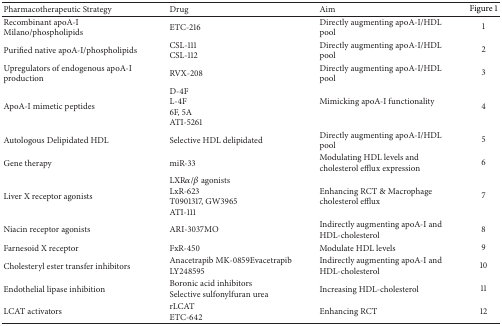
| Pharmacotherapeutic Strategy | Drug | Aim | Figure 1 |
 | --- | --- | --- | --- |
 | Recombinant apoA-I Milano/phospholipids | ETC-216 | Directly augmenting apoA-I/HDL pool | 1 |
 | Purified native apoA-I/phospholipids | CSL-111 CSL-112 | Directly augmenting apoA-I/HDL pool | 2 |
 | Upregulators of endogenous apoA-I production | RVX-208 | Directly augmenting apoA-I/HDL pool | 3 |
 | ApoA-I mimetic peptides | D-4F L-4F 6F, 5A ATI-5261 | Mimicking apoA-I functionality | 4 |
 | Autologous Delipidated HDL | Selective HDL delipidated | Directly augmenting apoA-I/HDL pool | 5 |
 | Gene therapy | miR-33 | Modulating HDL levels and cholesterol efflux expression | 6 |
 | Liver X receptor agonists | LXRα/β agonists LxR-623 T0901317, GW3965 ATI-111 | Enhancing RCT & Macrophage cholesterol efflux | 7 |
 | Niacin receptor agonists | ARI-3037MO | Indirectly augmenting apoA-I and HDL-cholesterol | 8 |
 | Farnesoid X receptor | FxR-450 | Modulate HDL levels | 9 |
 | Cholesteryl ester transfer inhibitors | Anacetrapib MK-0859Evacetrapib LY248595 | Indirectly augmenting apoA-I and HDL-cholesterol | 10 |
 | Endothelial lipase inhibition | Boronic acid inhibitors Selective sulfonylfuran urea | Increasing HDL-cholesterol | 11 |
 | LCAT activators | rLCAT ETC-642 | Enhancing RCT | 12 |